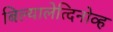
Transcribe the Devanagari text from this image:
बिल्यालेत्दिनोव्ह